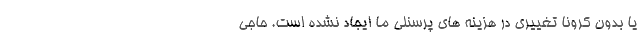
یا بدون کرونا تغییری در هزینه های پرسنلی ما ایجاد نشده است. حاجی